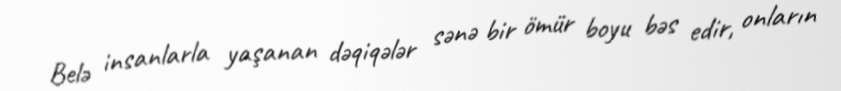
Belə insanlarla yaşanan dəqiqələr sənə bir ömür boyu bəs edir, onların